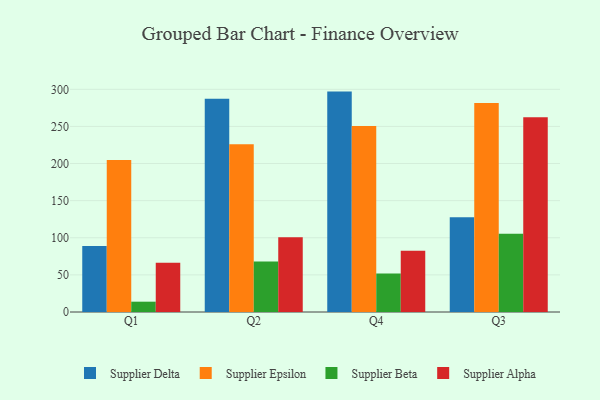
{"axis": {"x": "Quarter", "y": "Churn Rate (%)"}, "legend": ["Supplier Alpha", "Supplier Beta", "Supplier Delta", "Supplier Epsilon"], "data": [{"x": "Q1", "y": 89.0, "type": "Supplier Delta"}, {"x": "Q1", "y": 204.7, "type": "Supplier Epsilon"}, {"x": "Q1", "y": 13.9, "type": "Supplier Beta"}, {"x": "Q1", "y": 66.5, "type": "Supplier Alpha"}, {"x": "Q2", "y": 287.1, "type": "Supplier Delta"}, {"x": "Q2", "y": 226.1, "type": "Supplier Epsilon"}, {"x": "Q2", "y": 68.0, "type": "Supplier Beta"}, {"x": "Q2", "y": 100.6, "type": "Supplier Alpha"}, {"x": "Q4", "y": 296.9, "type": "Supplier Delta"}, {"x": "Q4", "y": 250.7, "type": "Supplier Epsilon"}, {"x": "Q4", "y": 51.9, "type": "Supplier Beta"}, {"x": "Q4", "y": 82.5, "type": "Supplier Alpha"}, {"x": "Q3", "y": 127.7, "type": "Supplier Delta"}, {"x": "Q3", "y": 281.6, "type": "Supplier Epsilon"}, {"x": "Q3", "y": 105.3, "type": "Supplier Beta"}, {"x": "Q3", "y": 262.4, "type": "Supplier Alpha"}]}